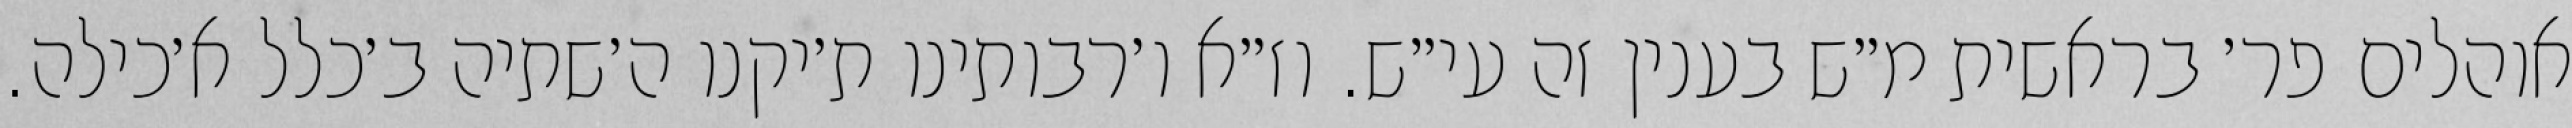
אוהלים פר׳ בראשית מ״ש בענין זה עי״ש. וז״א ו׳רבותינו ת׳יקנו ה׳שתיה ב׳כלל א׳כילה.